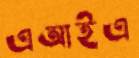
এআইএ